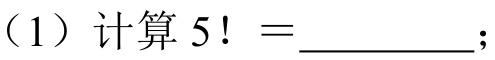
（1）计算 \(5! =\underline{\qquad}\)；